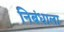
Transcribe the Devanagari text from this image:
निबंधाला